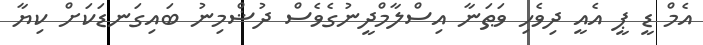
އެމް ޑީ ޕީ އެއީ ދިވެހި ވަޠަނާ އިސްލާމްދީނުގެވެސް ދުޝްމިނު ބައިގަނޑަކަށް ކިޔާ